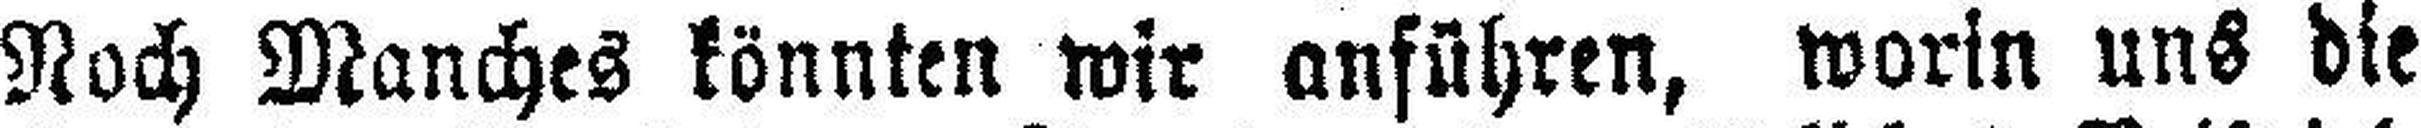
Noch Manches könnten wir anführen, worin uns die